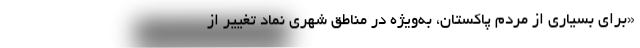
«برای بسیاری از مردم پاکستان، به‌ویژه در مناطق شهری نماد تغییر از